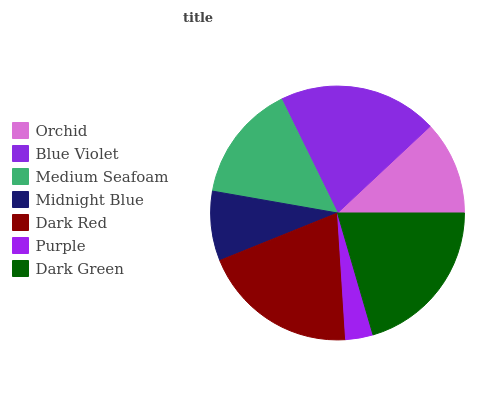
| Orchid | Blue Violet | Medium Seafoam | Midnight Blue | Dark Red | Purple | Dark Green |
 | --- | --- | --- | --- | --- | --- | --- |
 | 12% | 20.4% | 15% | 8.84% | 19.9% | 3.5% | 20.5% |